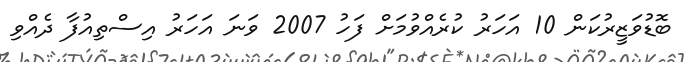
ބޮޑުވަޒީރުކަން 10 އަހަރު ކުރެއްވުމަށް ފަހު 2007 ވަނަ އަހަރު އިސްތިއުފާ ދެއްވި